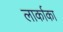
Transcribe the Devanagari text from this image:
लार्काका